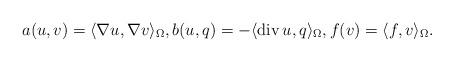
LaTeX: \begin{align*}a(u,v) = \langle \nabla u, \nabla v \rangle_{\Omega}, b(u, q) = -\langle \mathop{\rm div} u, q \rangle_{\Omega}, f(v) = \langle f, v \rangle_{\Omega}.\end{align*}